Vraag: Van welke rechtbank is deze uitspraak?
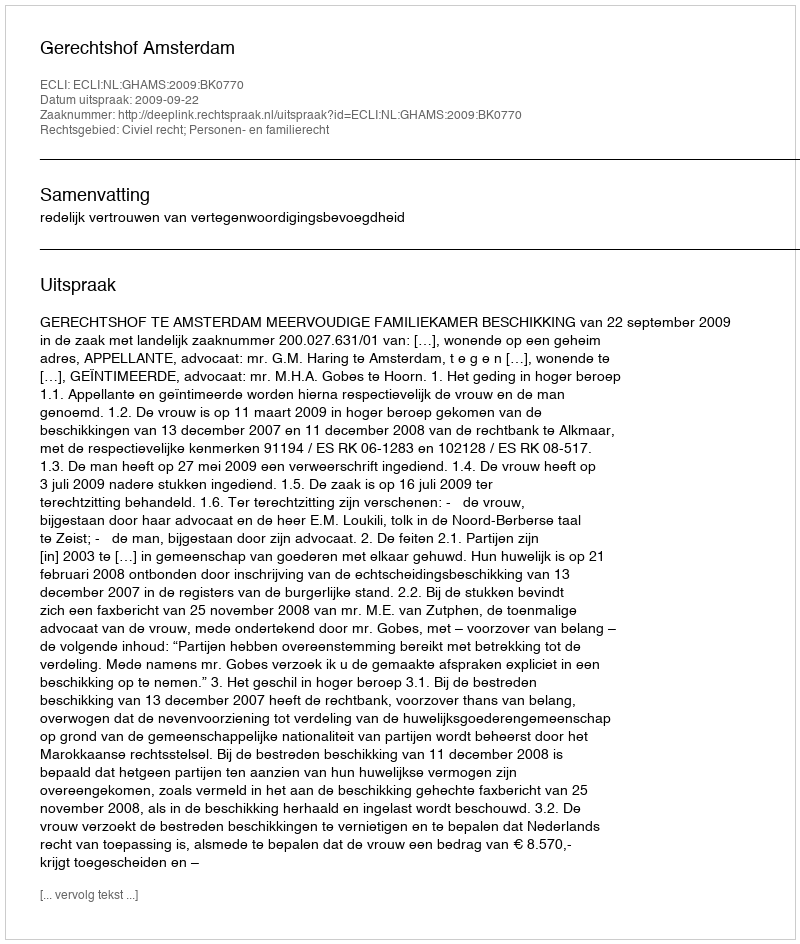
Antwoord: Gerechtshof Amsterdam